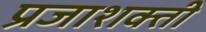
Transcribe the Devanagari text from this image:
प्रजाशक्ती